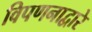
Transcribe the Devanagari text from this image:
विपणनाद्वारे